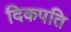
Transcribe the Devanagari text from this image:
दिकपति